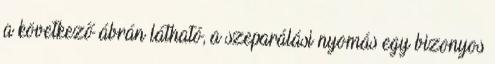
a következő ábrán látható, a szeparálási nyomás egy bizonyos